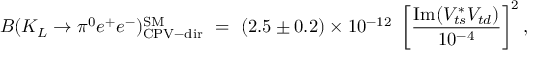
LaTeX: B ( K _ { L } \to \pi ^ { 0 } e ^ { + } e ^ { - } ) _ { \mathrm { C P V - d i r } } ^ { \mathrm { S M } } ~ = ~ ( 2 . 5 \pm 0 . 2 ) \times 1 0 ^ { - 1 2 } ~ \left[ \frac { \mathrm { I m } ( V _ { t s } ^ { * } V _ { t d } ) } { 1 0 ^ { - 4 } } \right] ^ { 2 } ,